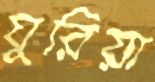
ঘুরিয়া